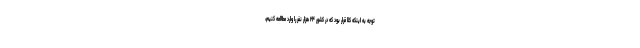
توجه به اینکه کلا قرار بود که در کشور ۲۴ هزار نفر را وارد مطالعه کنیم،